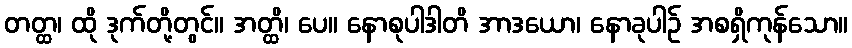
တတ္ထ၊ ထို ဒုက်တို့တွင်။ အတ္ထိ၊ ပေ။ နောစုပါဒါတိ အာဒယော၊ နောခုပါဉ် အစရှိကုန်သော။